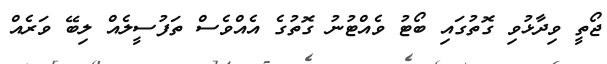
ޖޯތީ ވިދާޅުވި ގޮތުގައި ބޯޓު ވެއްޓުނު ގޮތުގެ އެއްވެސް ތަފުސީލެއް ލިބޭ ވަރެއް